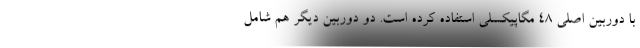
با دوربین اصلی 48 مگاپیکسلی استفاده کرده است. دو دوربین دیگر هم شامل